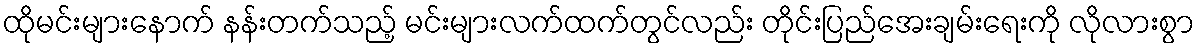
ထိုမင်းများနောက် နန်းတက်သည့် မင်းများလက်ထက်တွင်လည်း တိုင်းပြည်အေးချမ်းရေးကို လိုလားစွာ